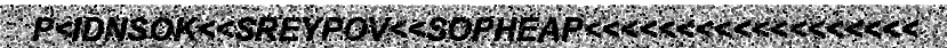
P<IDNSOK<<SREYPOV<<SOPHEAP<<<<<<<<<<<<<<<<<<